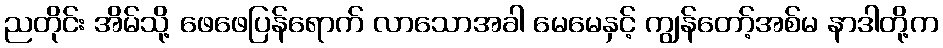
ညတိုင်း အိမ်သို့ ဖေဖေပြန်ရောက် လာသောအခါ မေမေနှင့် ကျွန်တော့်အစ်မ နာဒါတို့က